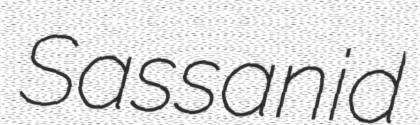
Sassanid